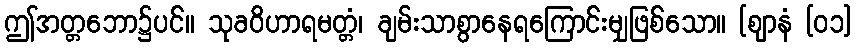
ဤအတ္တဘော၌ပင်။ သုခဝိဟာရမတ္တံ၊ ချမ်းသာစွာနေရကြောင်းမျှဖြစ်သော။ [ဈာနံ [၀၁]